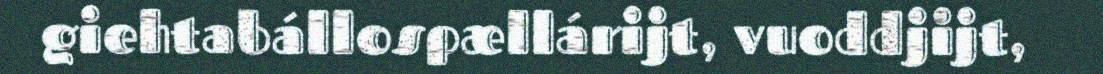
giehtabállospællárijt, vuoddjijt,